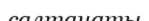
салтанаты